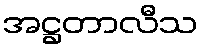
အဋ္ဌတာလီသ